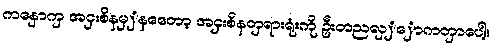
ကနှောကှ အငှးစိနမှှနတေော့ အငှးစိနတှရားရုံးကို ဦးတညလှှှောကတှာပေါ့။